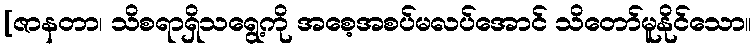
[ဇာနတာ၊ သိစရာရှိသရွေ့ကို အစေ့အစပ်မလပ်အောင် သိတော်မူနိုင်သော။